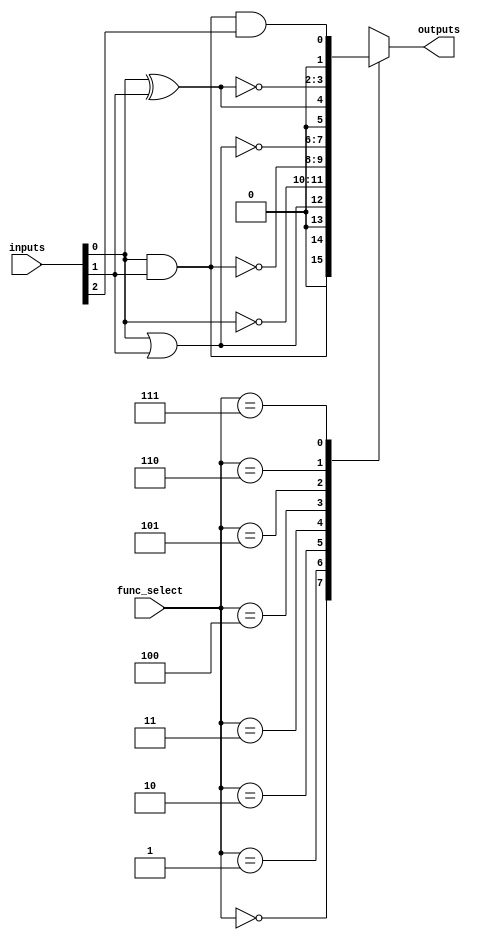
module combinational_logic_block #(
    parameter NUM_INPUTS = 4, // Number of inputs (2, 4, 8)
    parameter NUM_OUTPUTS = 2  // Number of outputs
)(
    input wire [NUM_INPUTS-1:0] inputs, // Input lines
    input wire [2:0] func_select,        // Function select (3 bits for 8 functions)
    output reg [NUM_OUTPUTS-1:0] outputs // Output lines
);

    // Function Select Encoding
    // 000: AND
    // 001: OR
    // 010: NOT (only applies to first input)
    // 011: NAND
    // 100: NOR
    // 101: XOR
    // 110: XNOR
    // 111: Custom Logic (for future use)

    always @(*) begin
        case (func_select)
            3'b000: // AND
                outputs = inputs[0] & inputs[1];
            3'b001: // OR
                outputs = inputs[0] | inputs[1];
            3'b010: // NOT (only first input)
                outputs = ~inputs[0];
            3'b011: // NAND
                outputs = ~(inputs[0] & inputs[1]);
            3'b100: // NOR
                outputs = ~(inputs[0] | inputs[1]);
            3'b101: // XOR
                outputs = inputs[0] ^ inputs[1];
            3'b110: // XNOR
                outputs = ~(inputs[0] ^ inputs[1]);
            3'b111: // Custom Logic (example: AND of first 3 inputs)
                outputs = inputs[0] & inputs[1] & inputs[2];
            default: // Default case
                outputs = {NUM_OUTPUTS{1'b0}};
        endcase
    end

endmodule